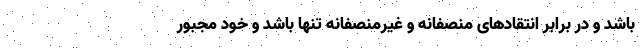
باشد و در برابر انتقادهای منصفانه و غیرمنصفانه تنها باشد و خود مجبور